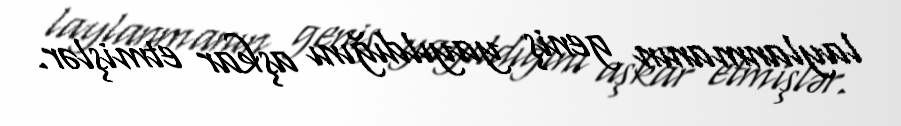
laylanmanın geniş yayıldığını aşkar etmişlər.